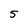
Character: 5